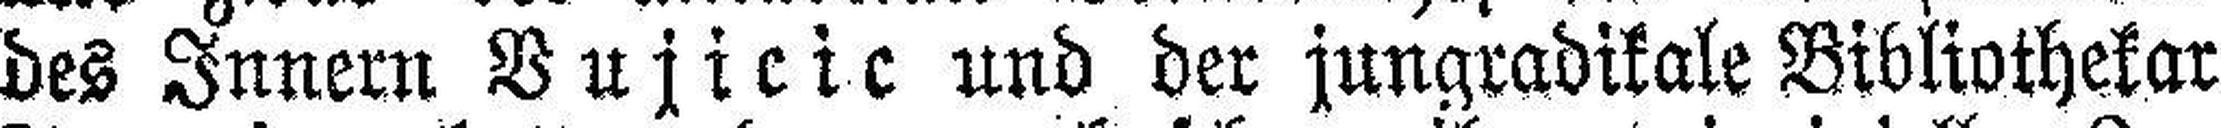
des Innern Vujicic und der jungradikale Bibliothekar